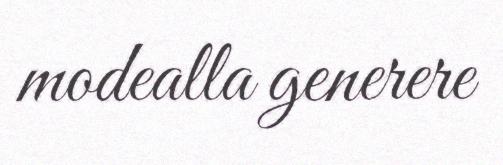
modealla generere